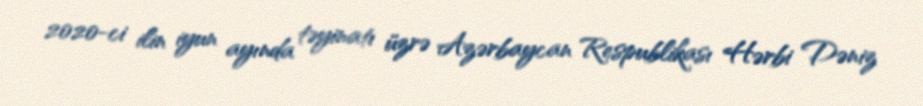
2020-ci ilin iyun ayında təyinatı üzrə Azərbaycan Respublikası Hərbi Dəniz